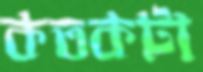
কতকটা